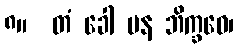
၈။  တံ ခေါ ပန ဘိက္ခဝေ၊